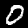
Label: 0